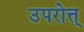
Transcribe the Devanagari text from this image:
उपरोत्त्